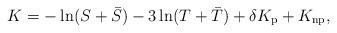
LaTeX: \begin{align*}K = - \ln(S+\bar{S})-3\ln(T+\bar{T}) + \delta K_{\rm p} + K_{\rm np},\end{align*}